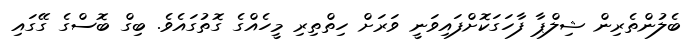
ބެލުންތެރިން ޝިލްޕާ ފާހަގަކޮށްފައިވަނީ ވަރަށް ހިތްތިރި މީހެއްގެ ގޮތުގައެވެ. ބިގް ބޮސްގެ ގޭގައި